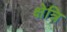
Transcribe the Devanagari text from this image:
क्षेत्रि